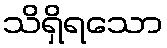
သိရှိရသော